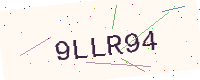
Text: 9LLR94